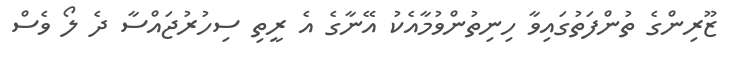
ޒޫރިންގެ ތުންފަތުގައިވާ ހިނިތުންވުމާއެކު އޭނާގެ އެ ރީތި ސިހުރުޖައްސާ ދެ ލޯ ވެސް